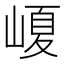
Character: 𡺷